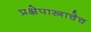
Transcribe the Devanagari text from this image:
प्रक्षेपास्त्राचेच